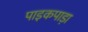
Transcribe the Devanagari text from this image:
पाइकपाड़ा